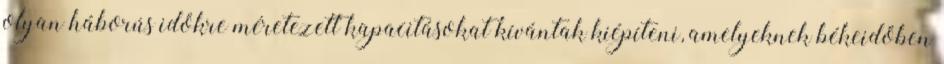
olyan háborús időkre méretezett kapacitásokat kívántak kiépíteni, amelyeknek békeidőben